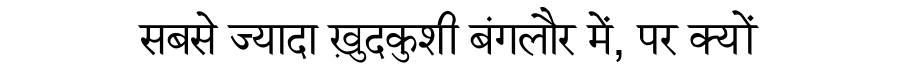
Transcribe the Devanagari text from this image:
सबसे ज्यादा ख़ुदकुशी बंगलौर में, पर क्यों